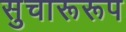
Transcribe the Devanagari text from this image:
सुचारूरूप